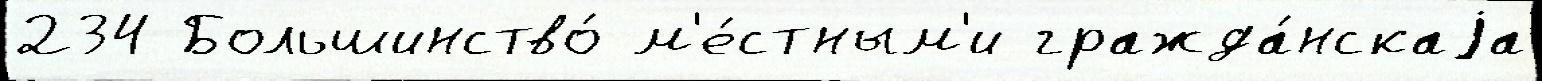
234 Большинство́ м'е́стным'и гражда́нскаjа